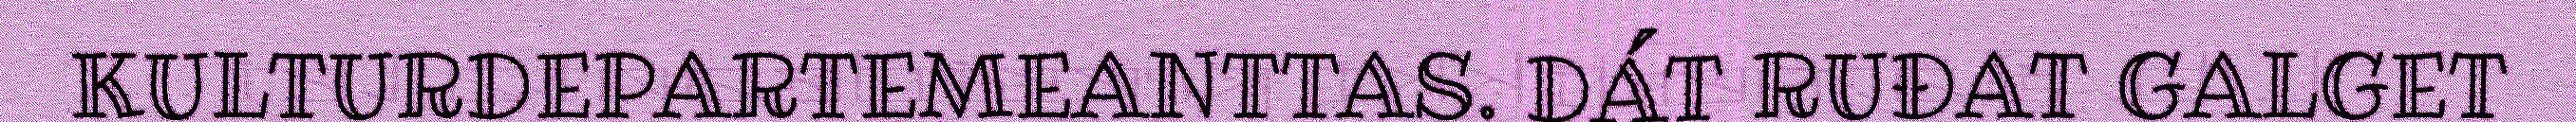
KULTURDEPARTEMEANTTAS. DÁT RUĐAT GALGET